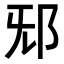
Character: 𨚁